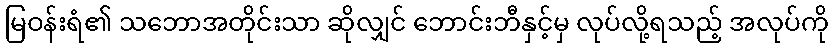
မြဝန်းရံ၏ သဘောအတိုင်းသာ ဆိုလျှင် ဘောင်းဘီနှင့်မှ လုပ်လို့ရသည့် အလုပ်ကို